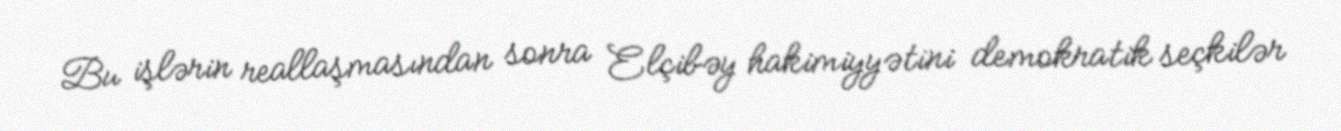
Bu işlərin reallaşmasından sonra Elçibəy hakimiyyətini demokratik seçkilər